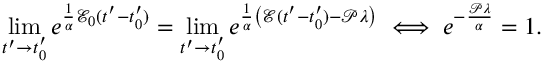
\operatorname* { l i m } _ { t ^ { \prime } \to t _ { 0 } ^ { \prime } } e ^ { \frac { 1 } { \alpha } \mathscr { E } _ { 0 } ( t ^ { \prime } - t _ { 0 } ^ { \prime } ) } = \operatorname* { l i m } _ { t ^ { \prime } \to t _ { 0 } ^ { \prime } } e ^ { \frac { 1 } { \alpha } \left( \mathscr { E } ( t ^ { \prime } - t _ { 0 } ^ { \prime } ) - \mathscr { P } \lambda \right) } \iff e ^ { - \frac { \mathscr { P } \lambda } { \alpha } } = 1 .